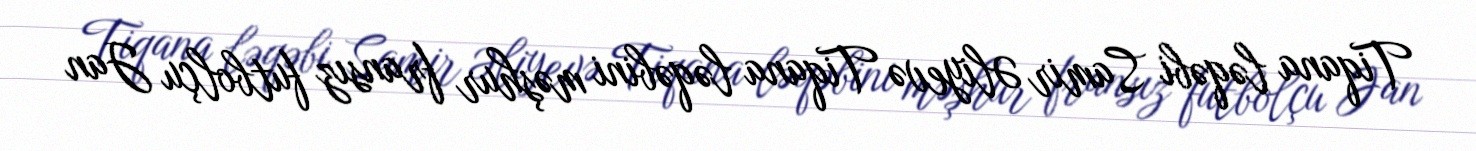
Tiqana ləqəbi Samir Əliyevə Tiqana ləqəbini məşhur fransız futbolçu Jan